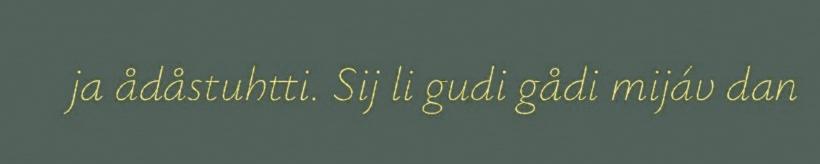
ja ådåstuhtti. Sij li gudi gådi mijáv dan